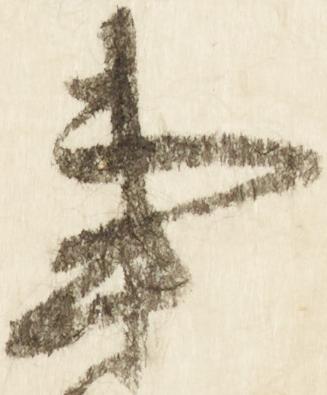
事